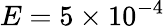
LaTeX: E=5\times 10^{-4}